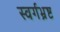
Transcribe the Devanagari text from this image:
स्वर्गभ्रष्ट